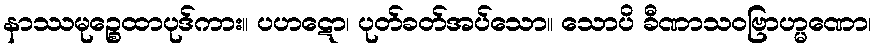
နာဿမုဉ္စေထာပုဒ်ကား။ ပဟဋော၊ ပုတ်ခတ်အပ်သော။ သောပိ ခီဏာသဝဗြာဟ္မဏော၊